Annual administration and progress report of the Indian Medical Department, Bombay
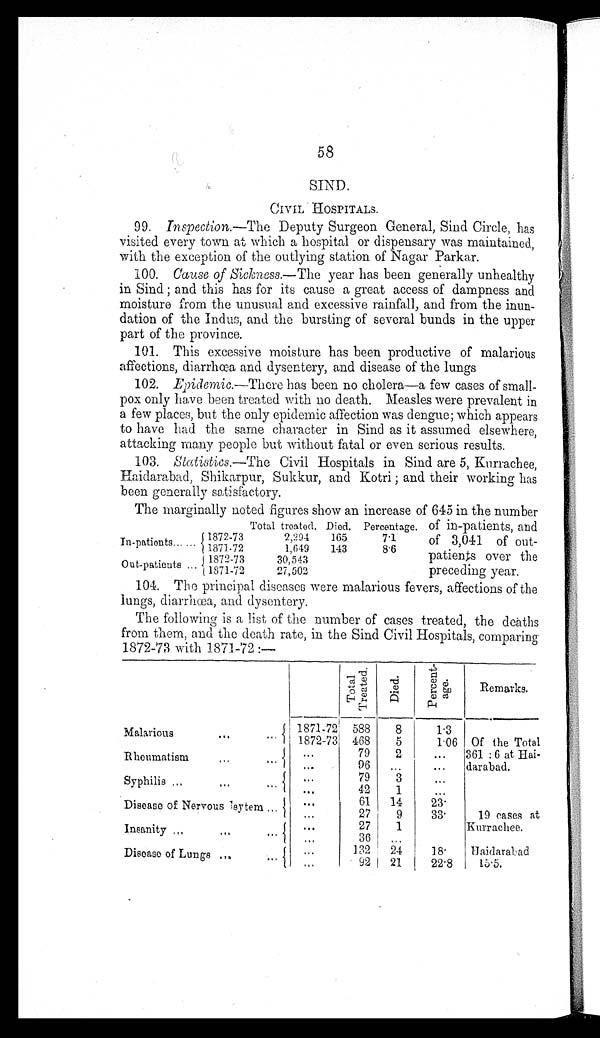
58
SIND.
CIVIL HOSPITALS.
99. Inspection.—The Deputy Surgeon General, Sind Circle, has
visited every town at which a hospital or dispensary was maintained,
with the exception of the outlying station of Nagar Parker.
100. Cause of Sickness .—The year has been generally unhealthy
in Sind ; and this has for its cause a great access of dampness and
moisture from the unusual and excessive rainfall, and from the inun
- d a t i o n o f t h e I n d u s , a n d t h e b u r s t i n g o f s e v e r a l b u n d s i n t h e u p p e r
part of the province.
101. This excessive moisture has been productive of malarious
affections, diarrhœa and dysentery, and disease of the lungs
102. Epidemic.—There has been no cholera—a few cases of small
- p o x o n l y h a v e b e e n t r e a t e d w i t h n o d e a t h . M e a s l e s w e r e p r e v a l e n t i n
a few places, but the only epidemic affection was dengue; which appears
to have had the same character in Sind as it assumed elsewhere,
attacking many people but without fatal or even serious results.
103. Statistics. —The Civil Hospitals in Sind are 5, Kurrachee,
H a i d a r a b a d , S h i k a r p u r , S u k k u r , a n d K o t r i ; a n d t h e i r w o r k i n g h a s
been generally satisfactory.
The marginally noted figures show an increase of 645 in the number
of in-patients, and
of 3,041 of out
-patients over the
preceding year.
104. The principal diseases were malarious fevers, affections of the
lungs, diarrhœa, and dysentery.
The following is a list of the number of cases treated, the deaths
from them, and the death rate, in the Sind Civil Hospitals, comparing
1872-73 with 1871-72 :—
T o t a l T r e a t e d .
D i e d .
P e r c e n t - a g e .
Remarks.
Malarious . . .
1871-72 588
8
1.3
1872-73 468
5
1.06 Of the Total
361 : 6 at Hai-
darabad.
Rheumatism . . .
. . .
. . .
2
. . .
. . . 96
. . .
. . .
Syphilis . . .
. . . 79
3
. . .
. . . 42
1
. . .
Disease of Nervous sytem . . .
. . .
61
14
23
. . . 27
9
33
19 cases at
Kurrachee.
Insanity . . .
. . . 27
1
. . . 36
. . .
Disease of Lungs . . .
. . . 132
24
18
Haidarabad
. . .
9 2
21
22.8
15.5.
Total treated. Died. Percentage.
Inpatients
. . .
1872-73
2,294
165
7.1
1871-72
1,649
143
8.6
Out-patients . . .
1872-73
30,543
1871-72
27,502